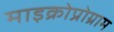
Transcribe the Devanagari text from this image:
माइक्रोप्रोग्राम